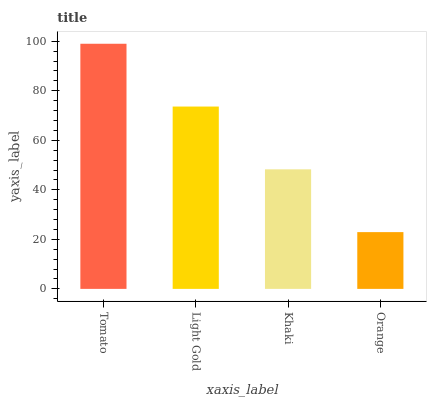
| xaxis_label | bars |
 | --- | --- |
 | Tomato | 99 |
 | Light Gold | 73.6 |
 | Khaki | 48.3 |
 | Orange | 22.9 |